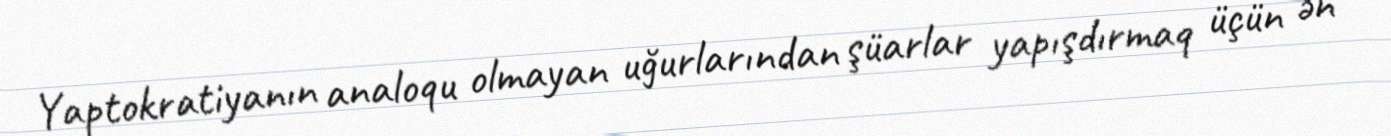
Yaptokratiyanın analoqu olmayan uğurlarından şüarlar yapışdırmaq üçün ən